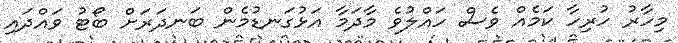
މިހާރު ހުރިހާ ކަމެއް ވެސް ހައްލުވެ މާދަމާ އަޅުގަނޑުމެން ބަނދަރަށް ބޯޓު ވައްދައި